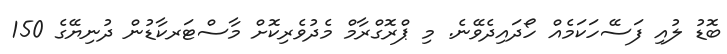
ބޮޑު ލުއި ފަސޭހަކަމެއް ހޯދައިދެވޭނެ. މި ޕްރޮގްރާމް މެދުވެރިކޮށް މާސްޓަރކާޑުން ދުނިޔޭގެ 150